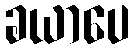
ခယာပေ